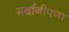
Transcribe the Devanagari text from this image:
मर्दानीपणा